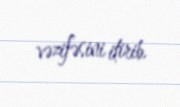
vəzifəsini itirib.